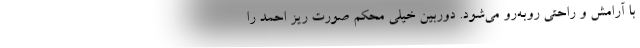
با آرامش و راحتی روبه‌رو می‌شود. دوربین خیلی محکم صورت ریز احمد را